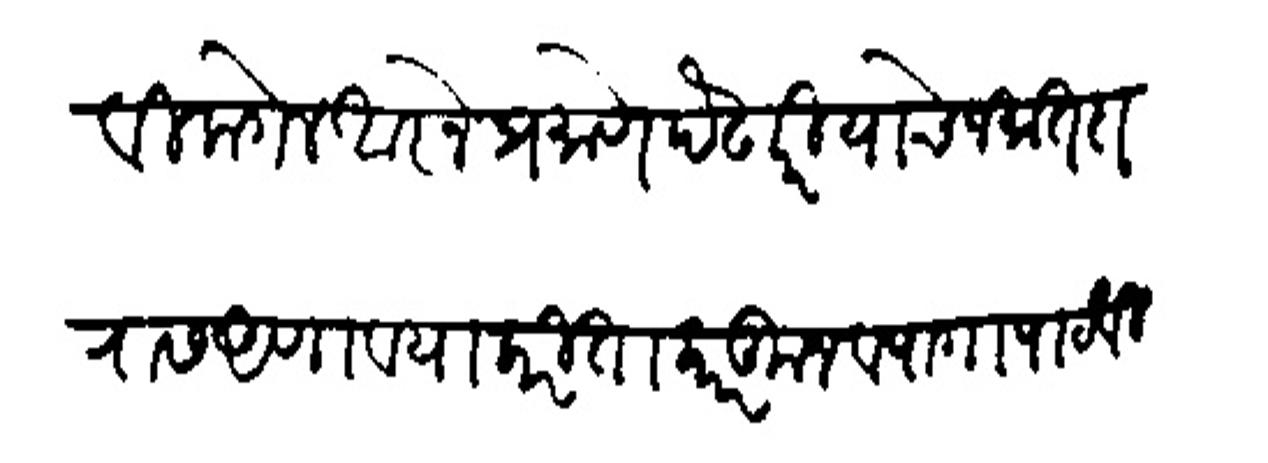
Transliteration (Devanagari): वी लागेल आज्ञेप्रमाणे पंढारी याचे जमातदीरास आणावयाकरिता कारकून व पागा पाठविल्या